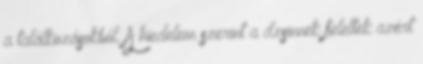
a találkozásokból. A hiedelem szerint a dzsinnek feleltek azért